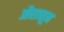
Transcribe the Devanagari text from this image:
औसातून